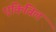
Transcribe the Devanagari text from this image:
एंकिविल